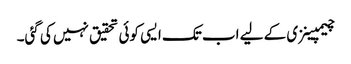
چیمپینزی کے لیے اب تک ایسی کوئی تحقیق نہیں کی گئی۔